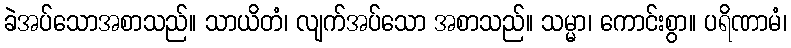
ခဲအပ်သောအစာသည်။ သာယိတံ၊ လျက်အပ်သော အစာသည်။ သမ္မာ၊ ကောင်းစွာ။ ပရိဏာမံ၊